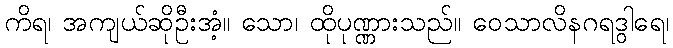
ကိရ၊ အကျယ်ဆိုဦးအံ့။ သော၊ ထိုပုဏ္ဏားသည်။ ဝေသာလိနဂရဒွါရေ၊